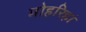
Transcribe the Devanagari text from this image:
मोहरिहां